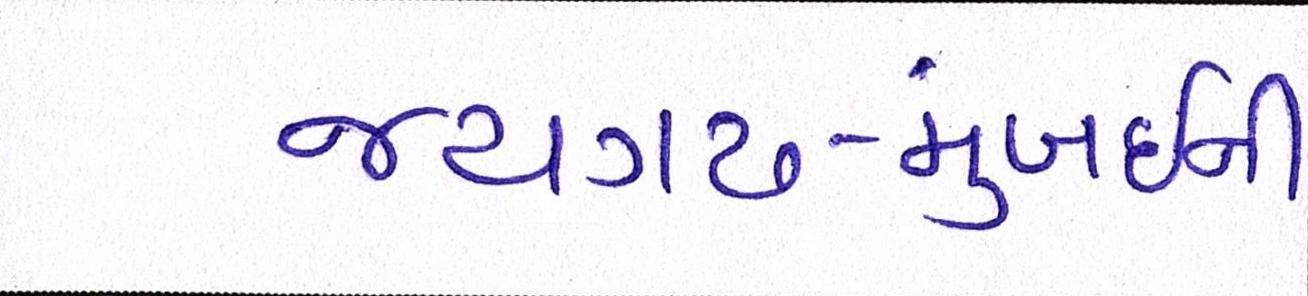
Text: જયગઢ-મુંબઈની